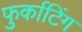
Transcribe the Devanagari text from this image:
फुर्काटिंग